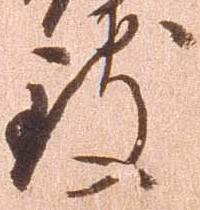
致